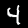
Label: 4